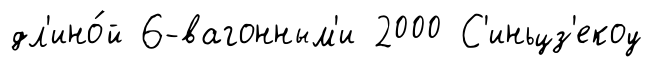
дл'ино́й 6-вагонным'и 2000 С'иньцз'екоу